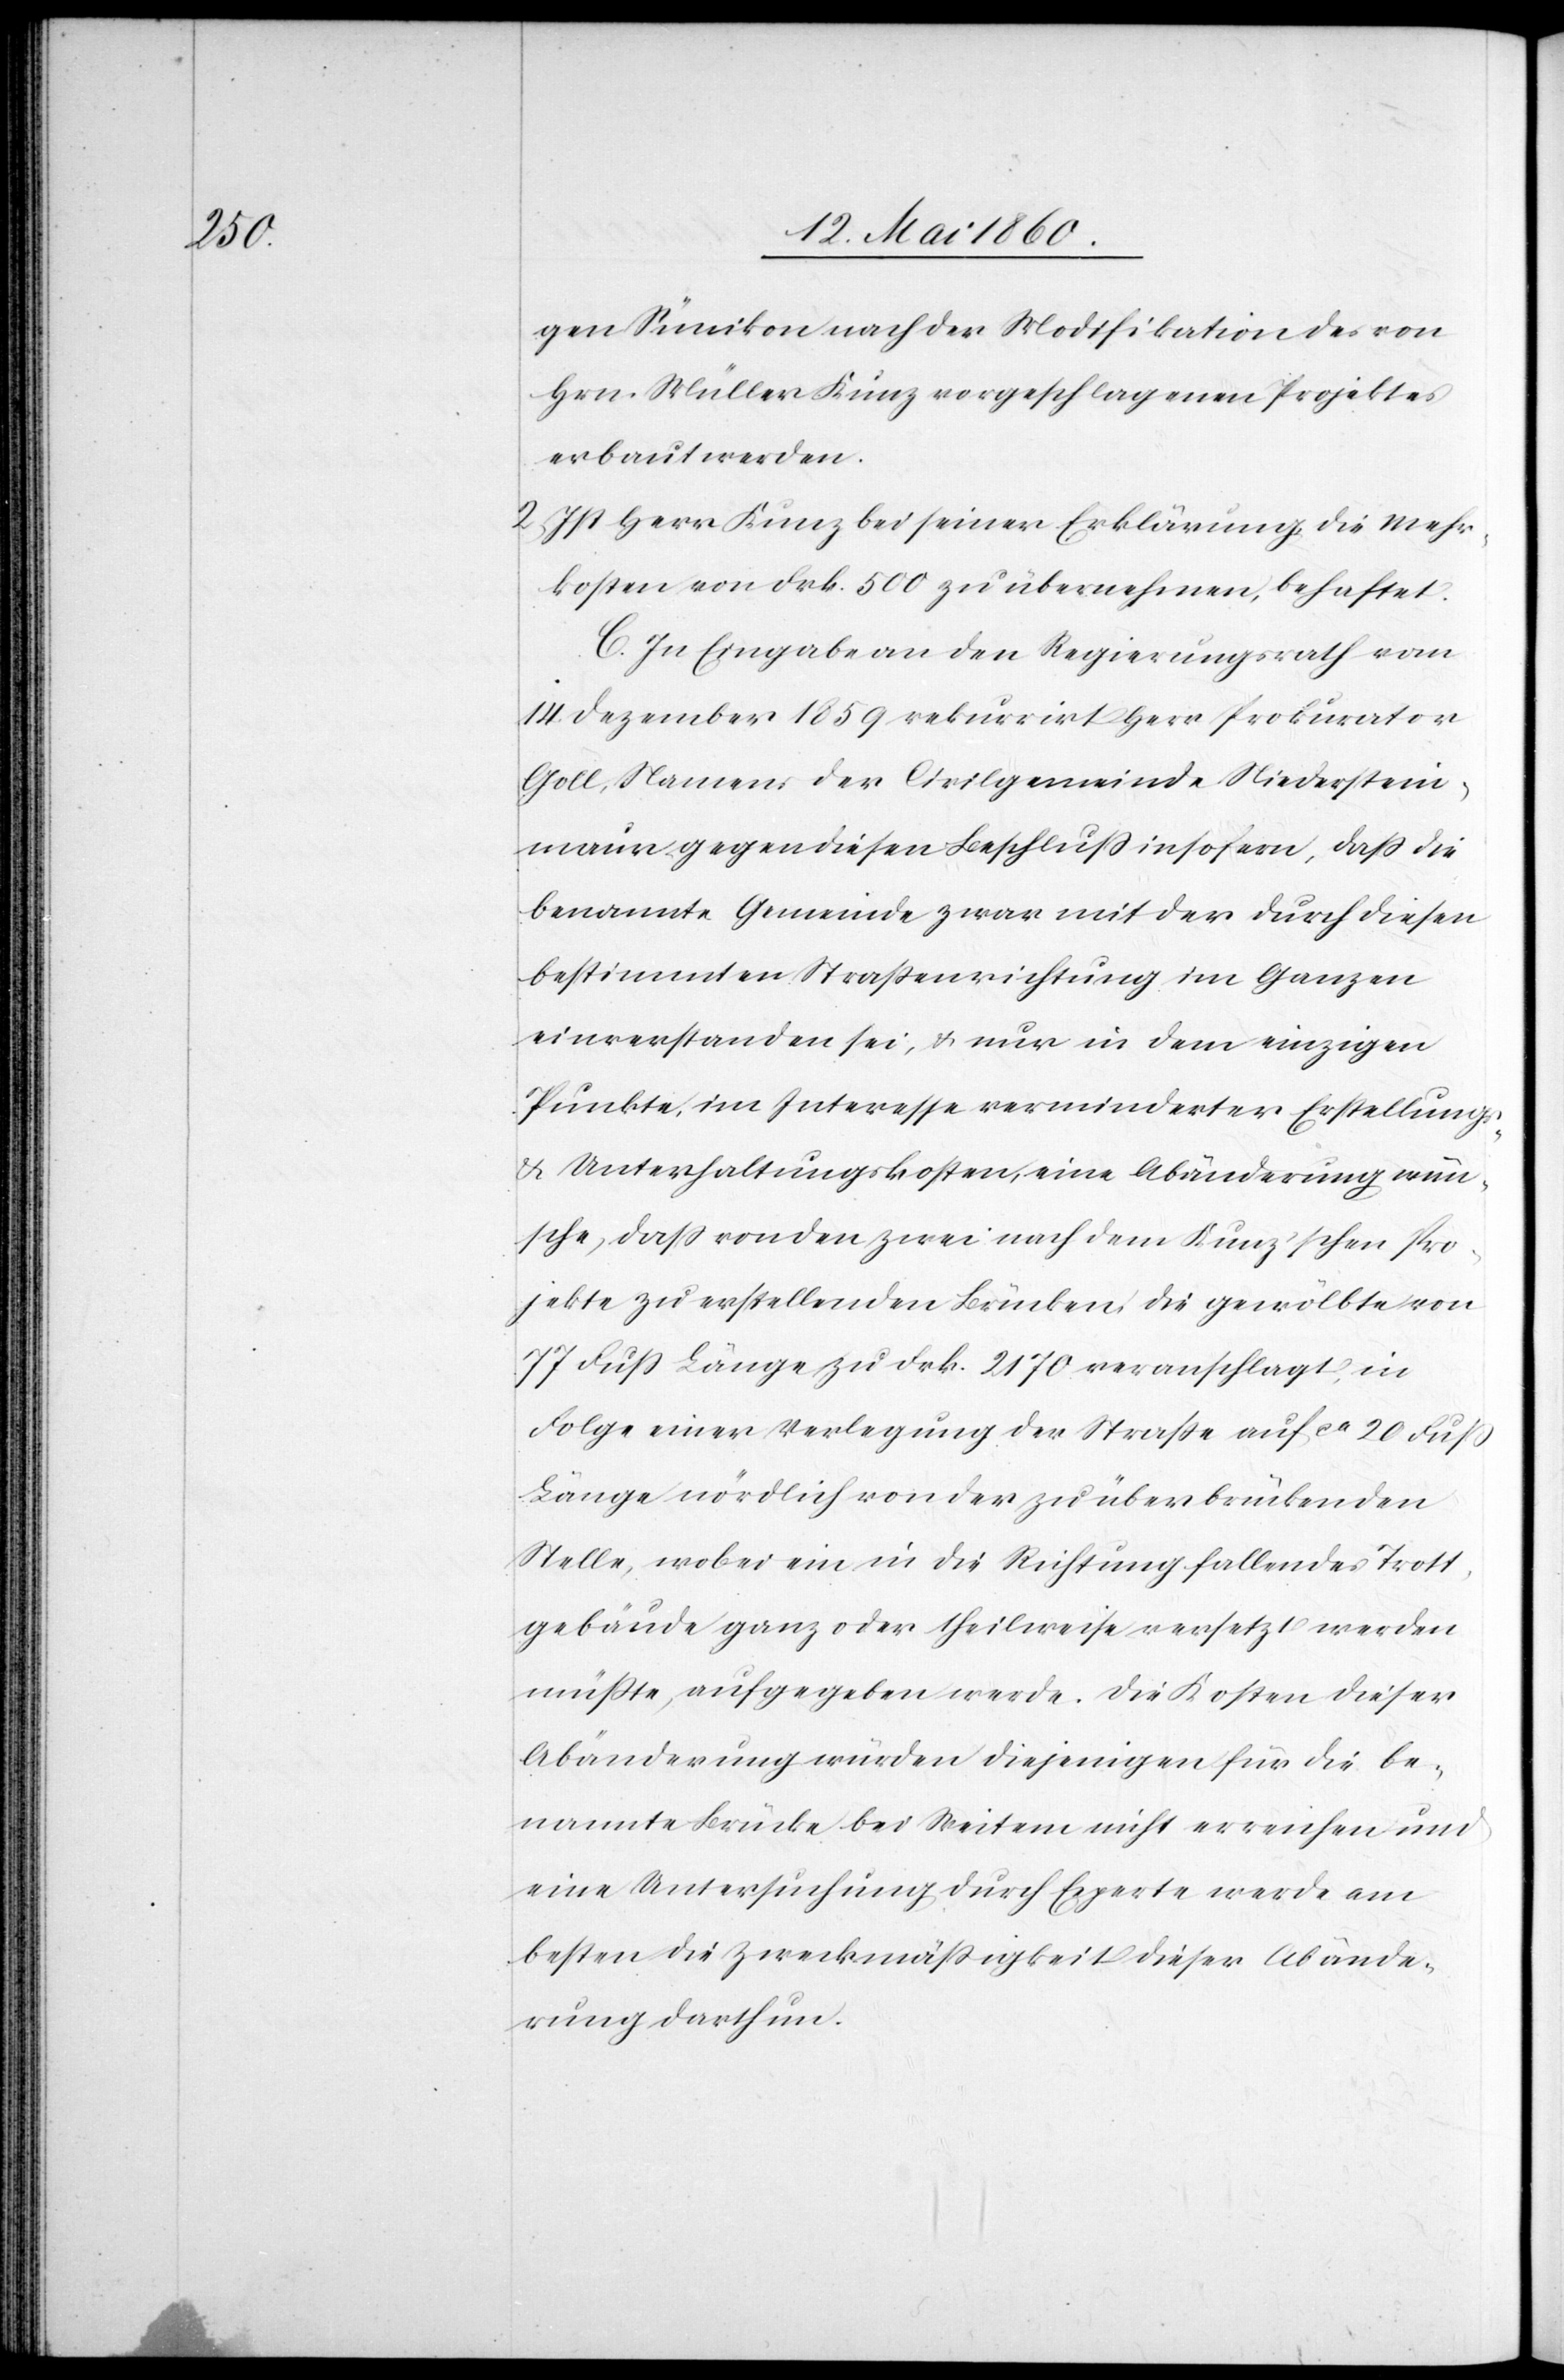
ge¬

gen Sünikon nach der Modifikation des von
Hrn. Müller Kunz vorgeschlagenen Projektes
erbaut werden.
2) Ist Herr Kunz bei seiner Erklärung die Mehr¬
kosten von Frk. 500 zu übernehmen, behaftet.
C. In Eingabe an den Regierungsrath vom
14. Dezember 1859 rekurrirt Herr Prokurator
Goll, Namens der Civilgemeinde Niederstein¬
maur gegen diesen Beschluss insofern, dass die
benannte Gemeinde zwar mit der durch diesen
bestimmten Strassenrichtung im Ganzen
einverstanden sei, u. nur in dem einzigen
Punkte, im Interesse verminderter Erstellungs-
& Unterhaltungskosten, eine Abänderung wün¬
sche, doch von den zwei nach dem Kunz’schen Pro¬
jekte zu erstellenden Brücken, die gewölbte von
77 Fuss Länge zu Frk. 2170 veranschlagt, in
Folge einer Verlegung der Strasse auf ca 20 Fuss
Länge nördlich von der zu überbrückenden
Stelle, wobei ein in die Richtung fallendes Trott¬
gebäude ganz oder theilweise versetzt werden
müsste, aufgegeben werde. Die Kosten dieser
Abänderung würden diejenigen für die be¬
nannte Brücke bei Weitem nicht erreichen und
eine Untersuchung durch Experte werde am
besten die Zweckmässigkeit dieser Abände¬
rung darthun.